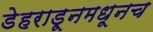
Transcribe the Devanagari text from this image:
डेहराडूनमधूनच